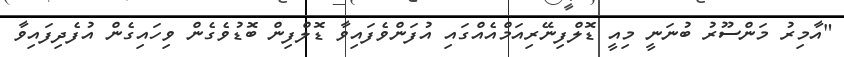
"އާމިރު މަންސޫރު ބުނަނީ މިއީ ޑޮލްފިނޭރިއަމްއެއްގައި އުފަންވެފައިވާ ޑޮލްފިން ބޮޑުވެގެން ވިހައިގެން އުފެދިފައިވާ